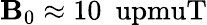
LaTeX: \mathbf{B}_{0}\approx10~\mathrm{{\ upmuT}}